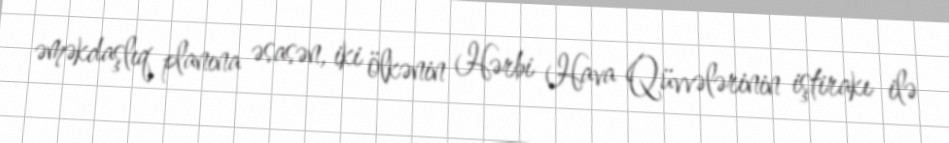
əməkdaşlıq planına əsasən, iki ölkənin Hərbi Hava Qüvvələrinin iştirakı ilə